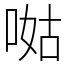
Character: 𠵎